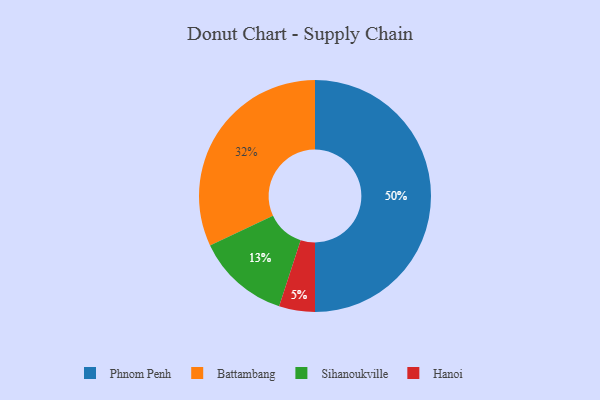
{"axis": {"x": "Category", "y": "Percentage"}, "legend": ["Battambang", "Hanoi", "Phnom Penh", "Sihanoukville"], "data": [{"x": "Phnom Penh", "y": 50, "type": "Phnom Penh"}, {"x": "Sihanoukville", "y": 13, "type": "Sihanoukville"}, {"x": "Hanoi", "y": 5, "type": "Hanoi"}, {"x": "Battambang", "y": 32, "type": "Battambang"}]}